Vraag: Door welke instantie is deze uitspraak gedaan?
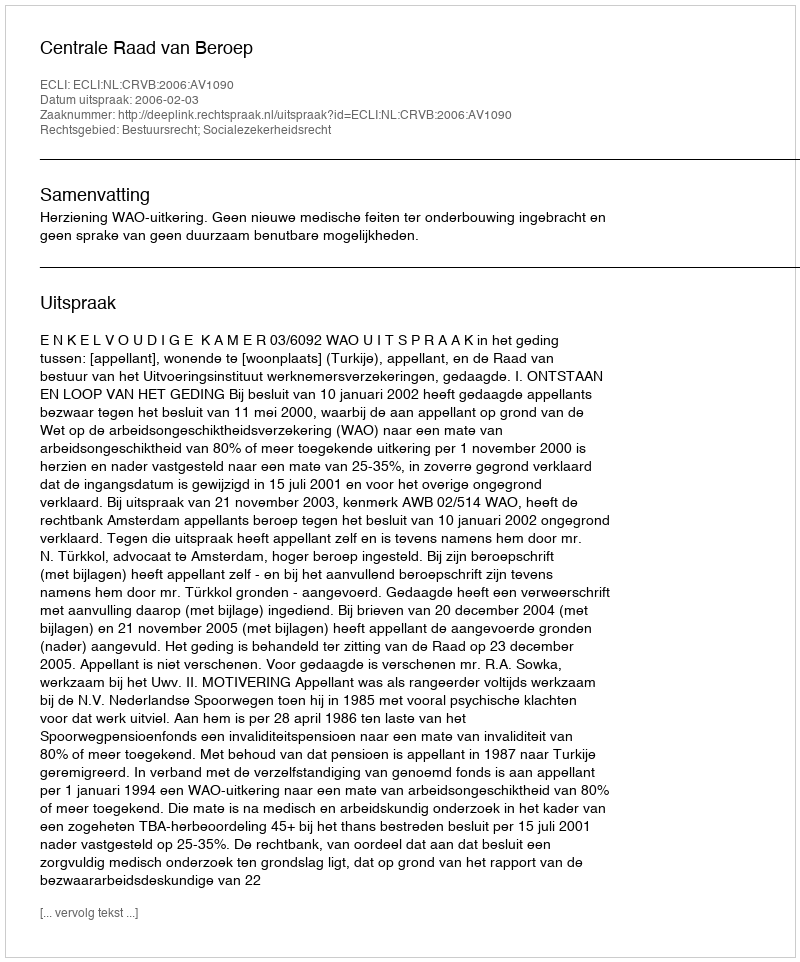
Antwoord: Centrale Raad van Beroep